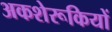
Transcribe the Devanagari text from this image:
अकशेरूकियों